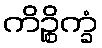
ကိဉ္စိက္ခံ